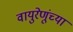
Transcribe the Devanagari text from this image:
वायुरेणूंच्या